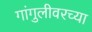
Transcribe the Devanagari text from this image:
गांगुलीवरच्या